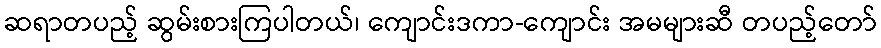
ဆရာတပည့် ဆွမ်းစားကြပါတယ်၊ ကျောင်းဒကာ-ကျောင်း အမများဆီ တပည့်တော်